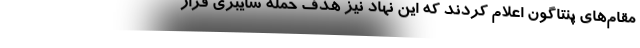
مقام‌های پنتاگون اعلام کردند که این نهاد نیز هدف حمله سایبری قرار